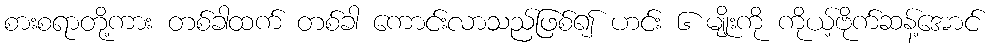
စားစရာတို့ကား တစ်ခါထက် တစ်ခါ ကောင်းလာသည်ဖြစ်၍ ဟင်း ၆ မျိုးကို ကိုယ့်ဗိုက်ဆန့်အောင်